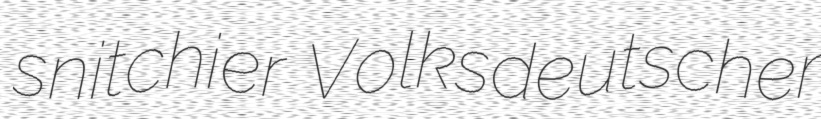
snitchier Volksdeutscher